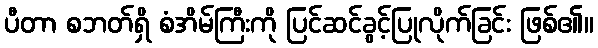
ပီတာ စဘတ်ရှိ စံအိမ်ကြီးကို ပြင်ဆင်ခွင့်ပြုလိုက်ခြင်း ဖြစ်၏။